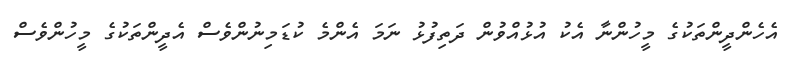
އެހެންދީންތަކުގެ މީހުންނާ އެކު އުޅުއްވުން ދަތިފުޅު ނަމަ އެންމެ ކުޑަމިނުންވެސް އެދީންތަކުގެ މީހުންވެސް